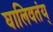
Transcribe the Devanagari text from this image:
घालिवतंय्